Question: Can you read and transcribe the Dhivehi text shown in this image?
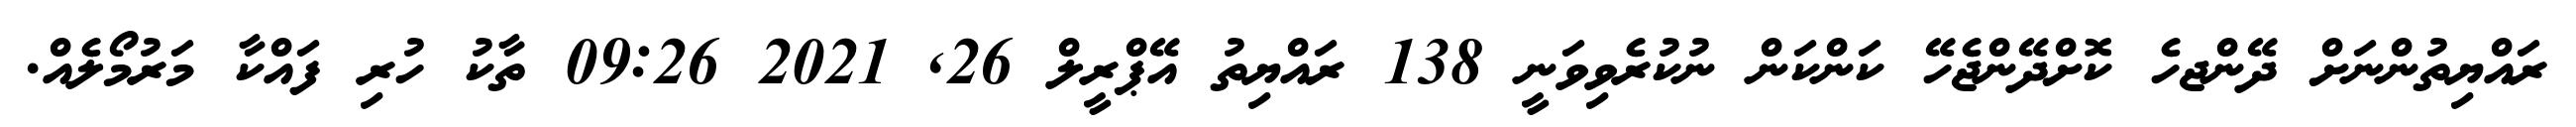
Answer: ރައްޔިތުންނަށް ދޭންޖހެ ކޮށްދޭންޖެހޭ ކަންކަން ނުކުރެވިވަނީ 138 ރައްޔިތު އޭޕްރީލް 26, 2021 09:26 ތާކު ހުރި ފައްކާ މަރުމޯލެއް.